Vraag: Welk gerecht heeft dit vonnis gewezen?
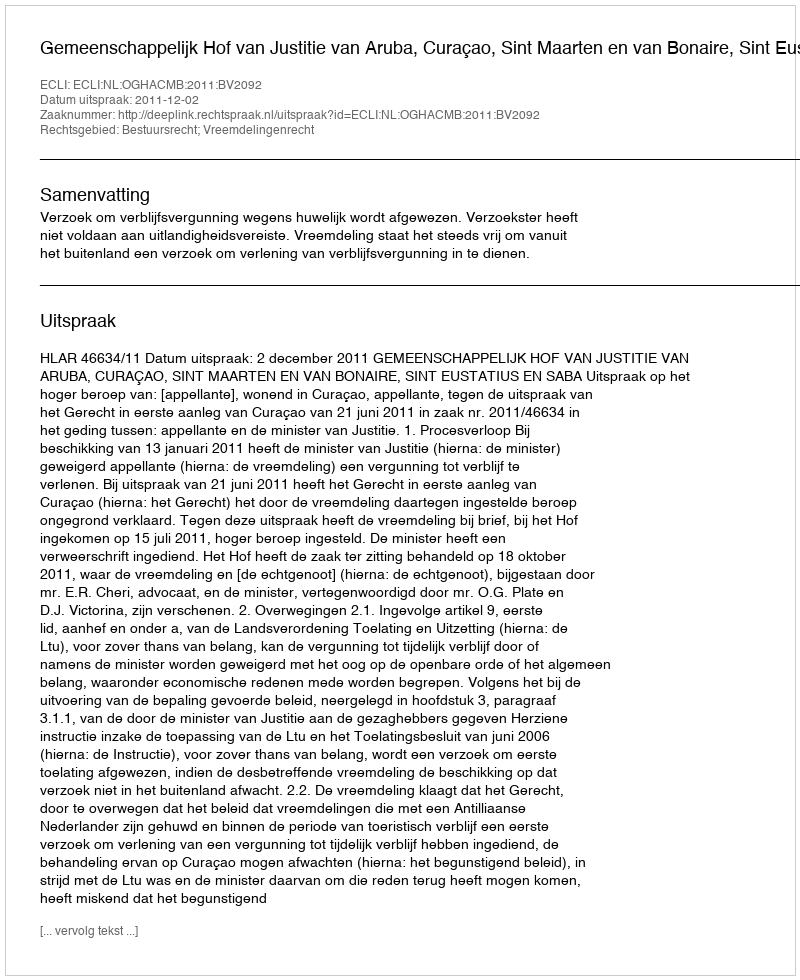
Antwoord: Gemeenschappelijk Hof van Justitie van Aruba, Curaçao, Sint Maarten en van Bonaire, Sint Eustatius en Saba